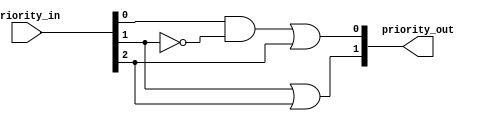
`timescale 1ns / 1ps
//////////////////////////////////////////////////////////////////////////////////
// Company: 
// 
// Design Name: 
// Module Name: priority_encoder_7_3
// Project Name: 
// Target Devices: 
// Tool Versions: 
// Description: 
// 
// Dependencies: 
// 
// Revision:
// Revision 0.01 - File Created
// Additional Comments:
// 
//////////////////////////////////////////////////////////////////////////////////


module priority_encoder_3_2(
    input [2:0] priority_in,
    output [1:0] priority_out
    );

assign priority_out[1] = priority_in[1] | priority_in[2];
assign priority_out[0] = (priority_in[0] & ~priority_in[1]) | priority_in[2];

endmodule